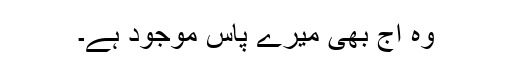
وہ آج بھی میرے پاس موجود ہے۔